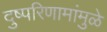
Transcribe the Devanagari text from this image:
दुष्परिणामांमुळे